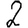
Digit: 2